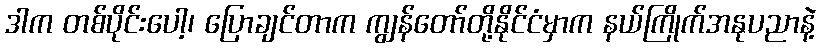
ဒါက တစ်ပိုင်းပေါ့၊ ပြောချင်တာက ကျွန်တော်တို့နိုင်ငံမှာက နယ်ကြိုက်အနုပညာနဲ့